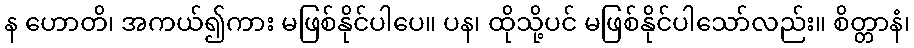
န ဟောတိ၊ အကယ်၍ကား မဖြစ်နိုင်ပါပေ။ ပန၊ ထိုသို့ပင် မဖြစ်နိုင်ပါသော်လည်း။ စိတ္တာနံ၊